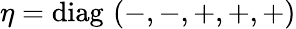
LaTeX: \eta=\mathrm{diag}\, \left(-,-,+,+,+\right)